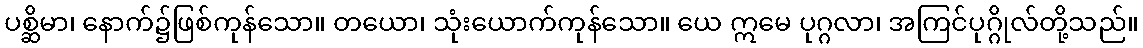
ပစ္ဆိမာ၊ နောက်၌ဖြစ်ကုန်သော။ တယော၊ သုံးယောက်ကုန်သော။ ယေ ဣမေ ပုဂ္ဂလာ၊ အကြင်ပုဂ္ဂိုလ်တို့သည်။